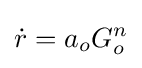
{\dot {r}}=a_{o}G_{o}^{n}